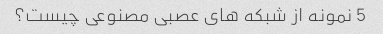
5 نمونه از شبکه های عصبی مصنوعی چیست؟